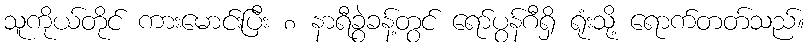
သူကိုယ်တိုင် ကားမောင်းပြီး ၈ နာရီခွဲခန့်တွင် ရော်ပွန်ဂီရှိ ရုံးသို့ ရောက်တတ်သည်။